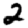
Digit: 2